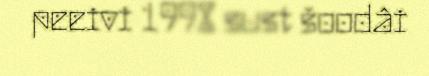
peeivi 1998 sust šoodâi